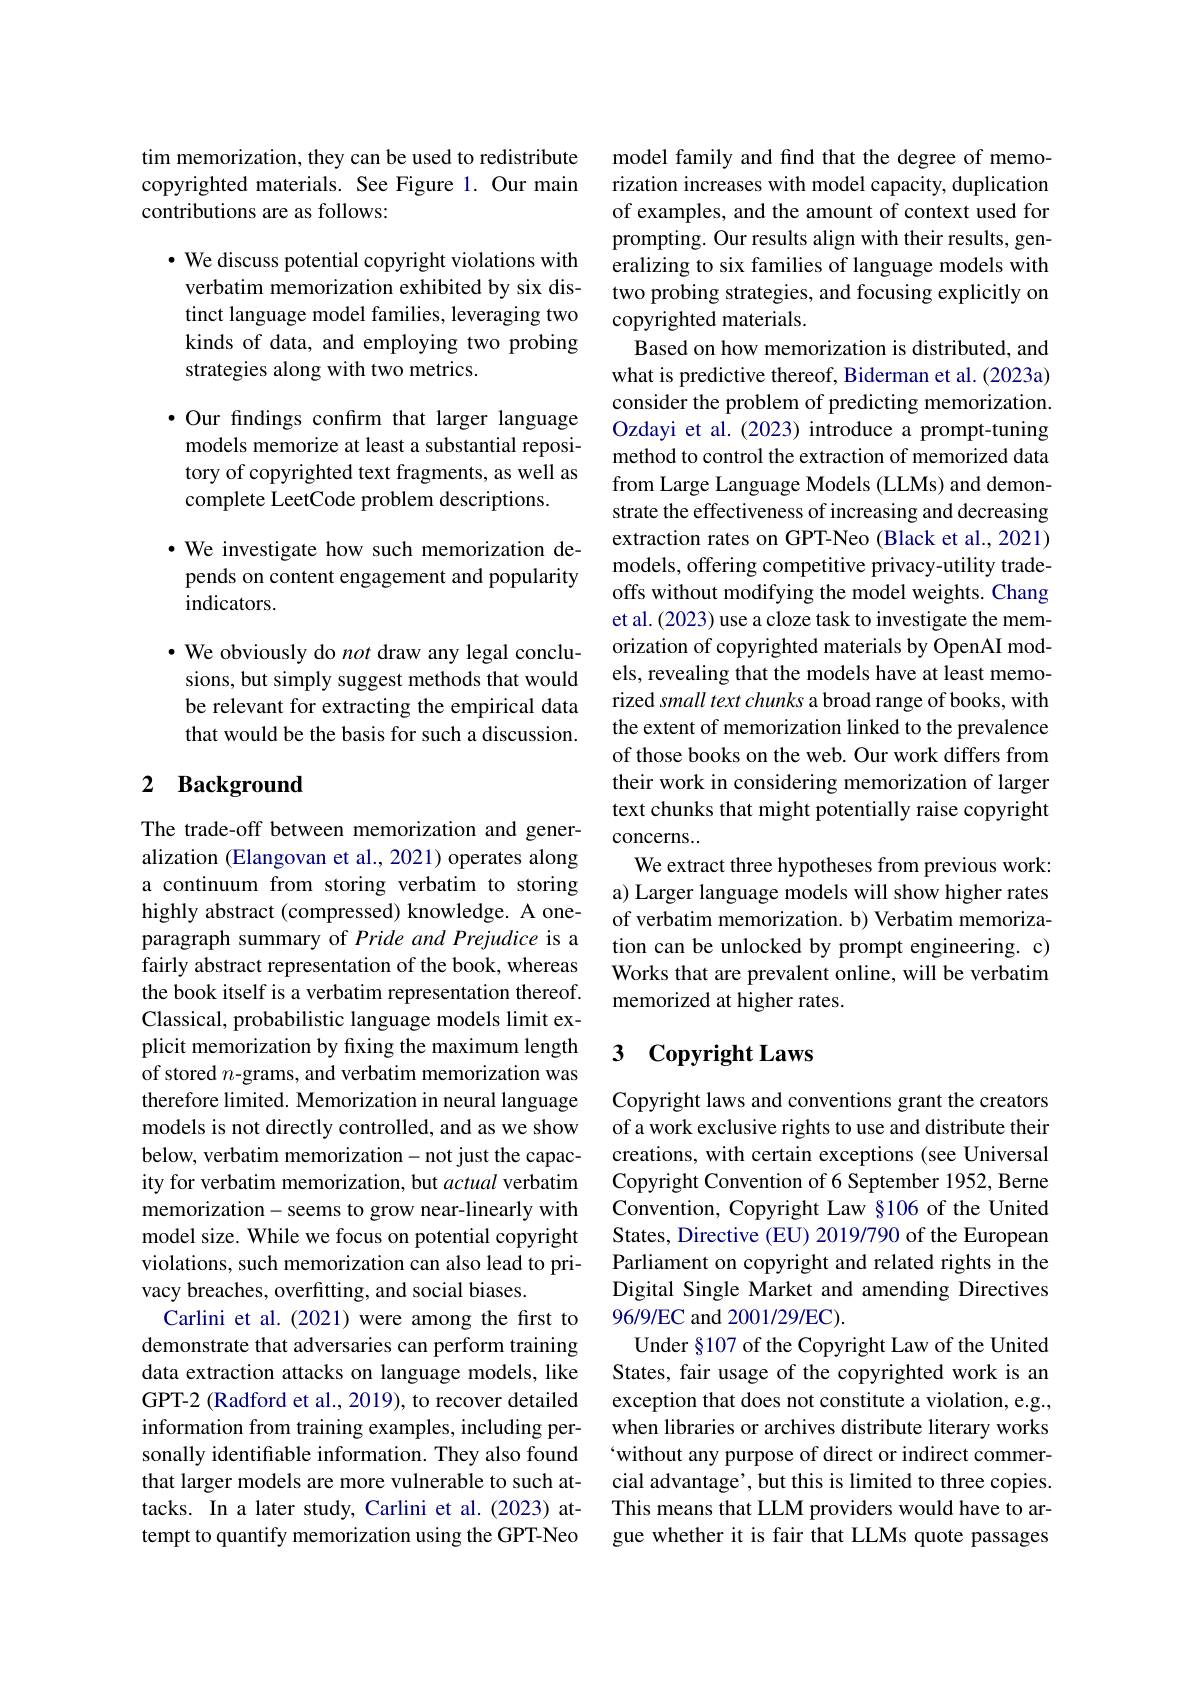
tim memorization, they can be used to redistribute copyrighted materials. See Figure 1. Our main contributions are as follows:

$\cdot$ We discuss potential copyright violations with verbatim memorization exhibited by six distinct language model families, leveraging two kinds of data, and employing two probing strategies along with two metrics.

·Our findings confirm that larger language models memorize at least a substantial repository of copyrighted text fragments, as well as complete LeetCode problem descriptions.

$\cdot$ We investigate how such memorization depends on content engagement and popularity indicators.

$\cdot$ We obviously do not draw any legal conclusions, but simply suggest methods that would be relevant for extracting the empirical data that would be the basis for such a discussion.

## 2 Background

The trade-off between memorization and generalization (Elangovan et al., 2021) operates along a continuum from storing verbatim to storing highly abstract (compressed) knowledge. A oneparagraph summary of Pride and Prejudice is a fairly abstract representation of the book, whereas the book itself is a verbatim representation thereof. Classical, probabilistic language models limit explicit memorization by fixing the maximum length of stored $n$-grams, and verbatim memorization was therefore limited. Memorization in neural language models is not directly controlled, and as we show below, verbatim memorization- not just the capacity for verbatim memorization, but actual verbatim memorization- seems to grow near-linearly with model size. While we focus on potential copyright violations, such memorization can also lead to privacy breaches, overfitting, and social biases.
Carlini et al.(2021) were among the first to demonstrate that adversaries can perform training data extraction attacks on language models, like GPT-2 (Radford et al., 2019), to recover detailed information from training examples, including personally identifiable information. They also found that larger models are more vulnerable to such attacks. In a later study, Carlini et al.(2023) attempt to quantify memorization using the GPT-Neo

model family and find that the degree of memorization increases with model capacity, duplication of examples, and the amount of context used for prompting. Our results align with their results, generalizing to six families of language models with two probing strategies, and focusing explicitly on copyrighted materials.
Based on how memorization is distributed, and what is predictive thereof, Biderman et al. (2023a) consider the problem of predicting memorization. Ozdayi et al. (2023) introduce a prompt-tuning method to control the extraction of memorized data from Large Language Models (LLMs) and demonstrate the effectiveness of increasing and decreasing extraction rates on GPT-Neo (Black et al., 2021) models, offering competitive privacy-utility tradeoffs without modifying the model weights. Chang et al. (2023) use a cloze task to investigate the memorization of copyrighted materials by OpenAI models, revealing that the models have at least memorized small text chunks a broad range of books, with the extent of memorization linked to the prevalence of those books on the web. Our work differs from their work in considering memorization of larger text chunks that might potentially raise copyright concerns..
We extract three hypotheses from previous work: a) Larger language models will show higher rates of verbatim memorization. b) Verbatim memorization can be unlocked by prompt engineering. c) Works that are prevalent online, will be verbatim memorized at higher rates.

### 3 $\textbf{Copyright Laws}$

Copyright laws and conventions grant the creators of a work exclusive rights to use and distribute their creations, with certain exceptions (see Universal Copyright Convention of 6 September 1952, Berne Convention, Copyright Law §106 of the United States, Directive (EU) 2019/790 of the European Parliament on copyright and related rights in the Digital Single Market and amending Directives 96/9/EC and 2001/29/EC).
Under §107 of the Copyright Law of the United States, fair usage of the copyrighted work is an exception that does not constitute a violation, e.g., when libraries or archives distribute literary works `without any purpose of direct or indirect commercial advantage', but this is limited to three copies. This means that LLM providers would have to argue whether it is fair that LLMs quote passages